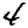
Digit: 4